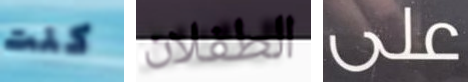
كنت الطفلان على